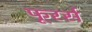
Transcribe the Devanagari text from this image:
फूरर्स